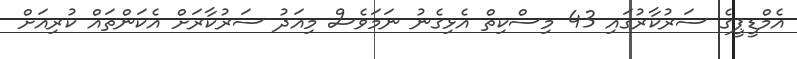
އެމްޑީޕީގެ ސަރުކާރުގައި 43 މިސްކިތް އެޅިގެނު ނަމަވެސް މިއަދު ސަރުކާރަށް އެކަންތައް ކުރިއަށް